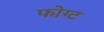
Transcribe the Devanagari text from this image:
फोग्ट